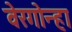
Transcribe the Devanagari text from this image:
वेरगोन्हा